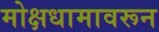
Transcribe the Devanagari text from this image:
मोक्षधामावरून